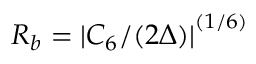
R _ { b } = { | C _ { 6 } / ( 2 \Delta ) | } ^ { ( 1 / 6 ) }